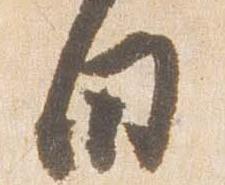
白